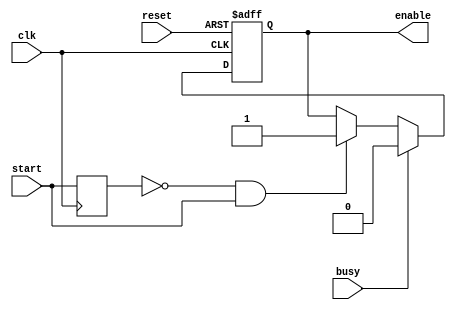
module enable_sig(
   input    clk,
   input    reset,
   input    start,
   input    busy,
   output   enable
);


reg prev_start;
reg enar = 1'b0;
assign enable = enar;

always @(posedge clk) begin
	prev_start <= start;
end

wire  start_front_pos = ~prev_start & start;

always @(posedge clk, posedge reset) begin
	if(reset) begin
		enar <= 1'b0;
   end
	else begin
		if(busy) begin
			enar <= 1'b0;
		end
		else
			if (start_front_pos) begin
				enar <= 1'b1;
			end
	end
end

endmodule